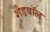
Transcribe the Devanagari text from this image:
शेडवॉल